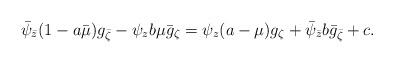
LaTeX: \begin{align*}\bar\psi_{\bar z}(1-a\bar\mu)g_{\bar\zeta}-\psi_z b\mu \bar g_\zeta=\psi_z(a-\mu) g_\zeta+\bar\psi_{\bar z}b \bar g_{\bar\zeta}+c.\end{align*}